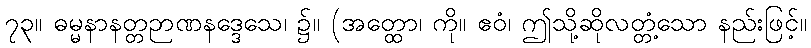
၇၃။ ဓမ္မနာနတ္တဉာဏနဒ္ဒေသေ၊ ၌။ (အတ္ထော၊ ကို။ ဧဝံ၊ ဤသို့ဆိုလတ္တံ့သော နည်းဖြင့်။